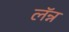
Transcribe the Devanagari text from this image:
लॅन्न